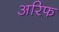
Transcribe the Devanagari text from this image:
अरिफ